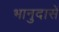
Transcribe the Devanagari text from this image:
भानुदासें